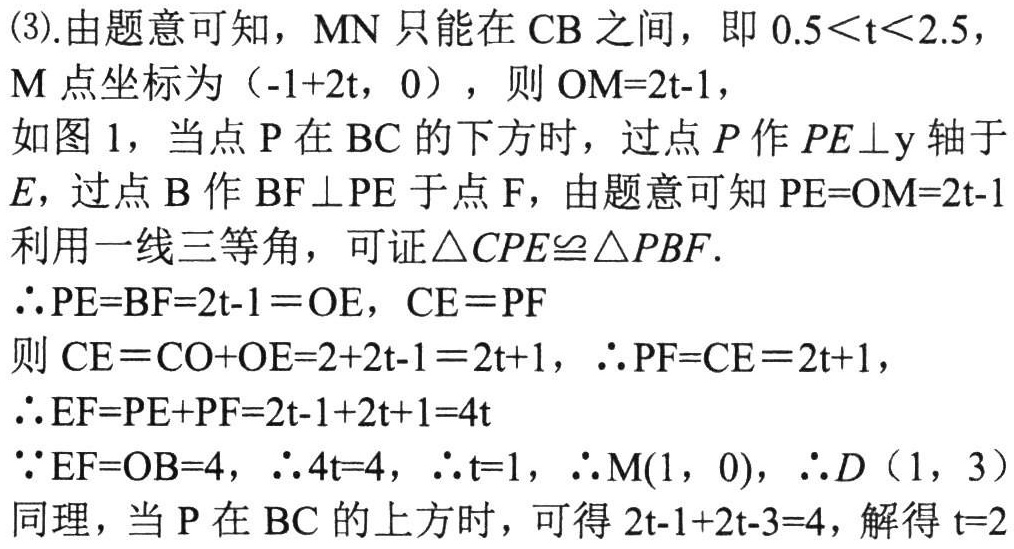
(3).由题意可知，$MN$ 只能在 $CB$ 之间，即 $0.5<t<2.5$，
$M$ 点坐标为（$-1 + 2t$，$0$），则 $OM = 2t - 1$，
如图 1，当点 $P$ 在 $BC$ 的下方时，过点 $P$ 作 $PE\perp y$ 轴于
$E$，过点 $B$ 作 $BF\perp PE$ 于点 $F$，由题意可知 $PE = OM = 2t - 1$
利用一线三等角，可证$\triangle CPE\cong\triangle PBF$.
$\therefore PE = BF = 2t - 1=OE$，$CE = PF$
则 $CE = CO + OE = 2 + 2t - 1 = 2t + 1$，$\therefore PF = CE = 2t + 1$，
$\therefore EF = PE + PF = 2t - 1 + 2t + 1 = 4t$
$\because EF = OB = 4$，$\therefore 4t = 4$，$\therefore t = 1$，$\therefore M(1，0)$，$\therefore D（1，3）$
同理，当 $P$ 在 $BC$ 的上方时，可得 $2t - 1 + 2t - 3 = 4$，解得 $t = 2$